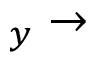
_ y \rightarrow